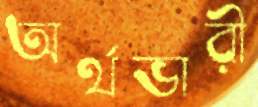
অর্থভারী